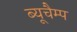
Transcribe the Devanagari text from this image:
ब्यूचैम्प